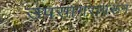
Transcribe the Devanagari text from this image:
उपसागरावरून